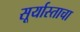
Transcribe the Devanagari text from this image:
सूर्यास्ताचा